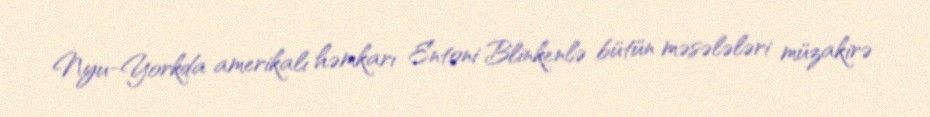
Nyu-Yorkda amerikalı həmkarı Entoni Blinkenlə bütün məsələləri müzakirə